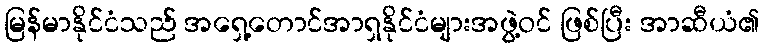
မြန်မာနိုင်ငံသည် အရှေ့တောင်အာရှနိုင်ငံများအဖွဲ့ဝင် ဖြစ်ပြီး အာဆီယံ၏